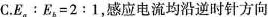
C. $$ E_{a}：E_{b}=2:1 $$ ，感应电流均沿逆时针方向